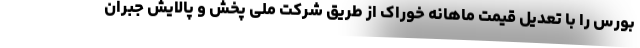
بورس را با تعدیل قیمت ماهانه خوراک از طریق شرکت ملی پخش و پالایش جبران